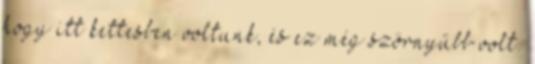
hogy itt kettesben voltunk, és ez még szörnyűbb volt.